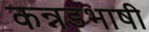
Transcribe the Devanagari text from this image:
कन्नडभाषी